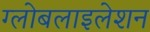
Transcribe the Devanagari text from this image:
ग्‍लोबलाइलेशन